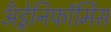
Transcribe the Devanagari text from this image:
अँड्रेनिफॉर्मिस